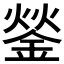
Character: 𨧿